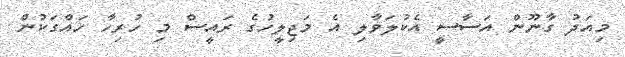
މިއަދު ގާނޫން އަސާސީ އެކުލަވާލި އެ މަޖިލީހުގެ ރައީސް މި ހުރިހާ ހައްގަކުން